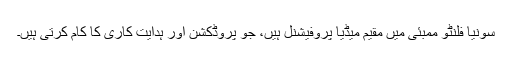
سونیا فلنٹو ممبئی میں مقیم میڈیا پروفیشنل ہیں، جو پروڈکشن اور ہدایت کاری کا کام کرتی ہیں۔